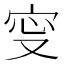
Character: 㝕